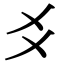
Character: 𬼆